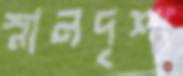
স্নানদৃশ্য